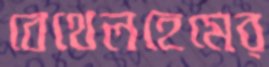
বেথেলহেমের